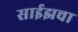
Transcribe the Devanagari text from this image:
साईझचा